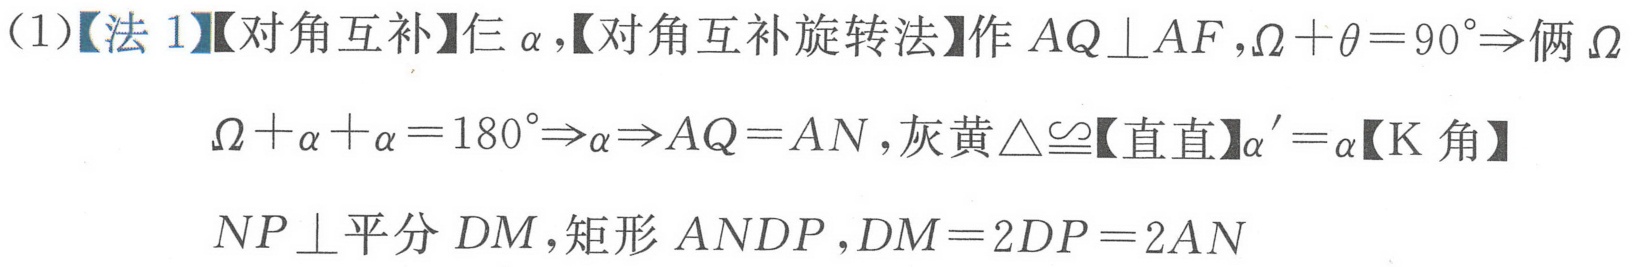
(1)【法 1】【对角互补】仨 \(\alpha\),【对角互补旋转法】作 \(AQ\perp AF\),\(\Omega+\theta = 90^{\circ}\Rightarrow\)俩 \(\Omega\)
\(\Omega+\alpha+\alpha = 180^{\circ}\Rightarrow\alpha\Rightarrow AQ = AN\),灰黄\(\triangle\cong\)【直直】\(\alpha'=\alpha\)【K 角】
\(NP\perp\)平分 \(DM\),矩形 \(ANDP\),\(DM = 2DP = 2AN\)